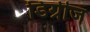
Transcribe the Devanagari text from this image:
डिग्रीज